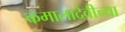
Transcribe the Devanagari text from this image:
कमालादेवीच्या